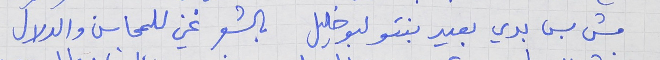
مش بس بدي بعيد بنتو لبو خليل      بالشعر غني للمحاسن والدلال